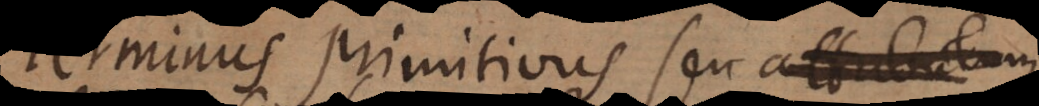
erminus primitivus seu attributum